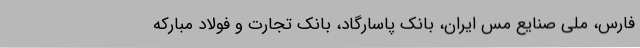
فارس، ملی صنایع مس ایران، بانک پاسارگاد، بانک تجارت و فولاد مبارکه